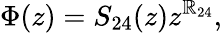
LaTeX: \Phi(z)=S_{24}(z)z^{\mathbb{R}_{24}},